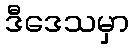
ဒီဒေသမှာ